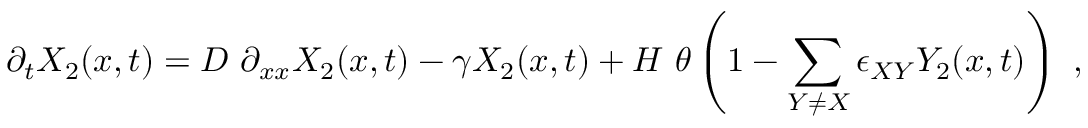
\partial _ { t } X _ { 2 } ( x , t ) = D ~ \partial _ { x x } X _ { 2 } ( x , t ) - \gamma X _ { 2 } ( x , t ) + H ~ \boldsymbol \theta \left( 1 - \sum _ { Y \neq X } \epsilon _ { X Y } Y _ { 2 } ( x , t ) \right) ~ ,